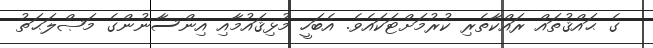
ގެ ޙައްޤުތައް ރައްކާތެރި ކުރުމަށްޓަކައެވެ. އެބަހީ މުޅިޤައުމާއި އިންސާނުންގެ މަޞްލަޙަތު